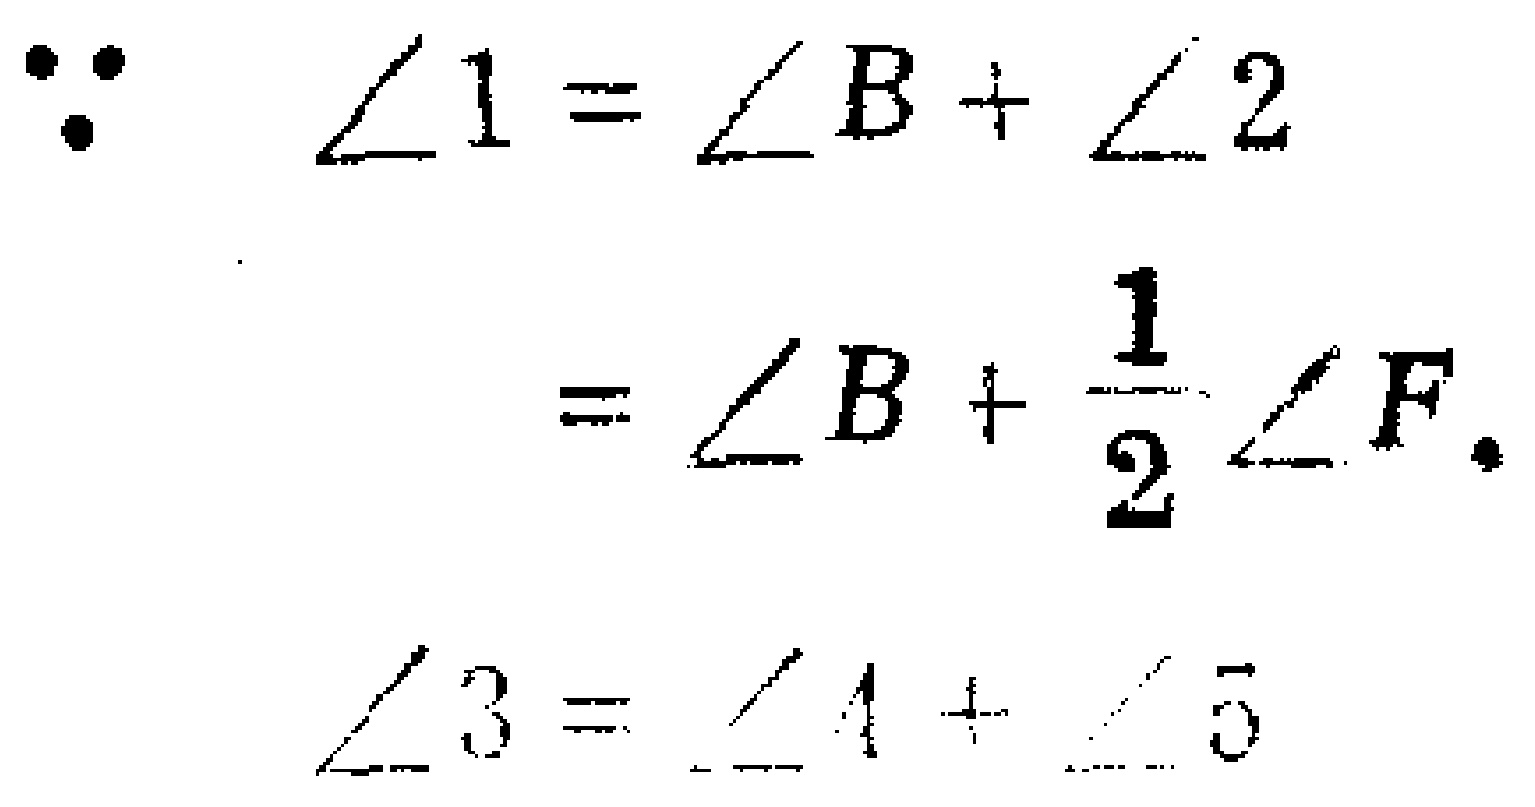
\[\begin{align*}
\because \angle 1&=\angle B+\angle 2\\
&=\angle B + \frac{1}{2}\angle F.\\
\angle 3&=\angle 4+\angle 5
\end{align*}\]